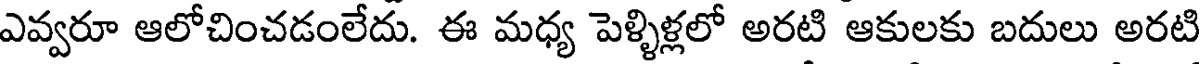
ఎవ్వరూ ఆలోచించడంలేదు. ఈ మధ్య పెళ్ళిళ్లలో అరటి ఆకులకు బదులు అరటి